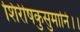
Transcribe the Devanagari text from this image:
शिरीषकुसुमानि।।